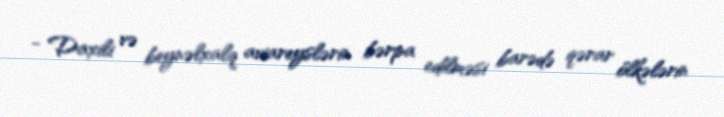
- Daxili və beynəlxalq aviareyslərin bərpa edilməsi barədə qərar ölkələrin